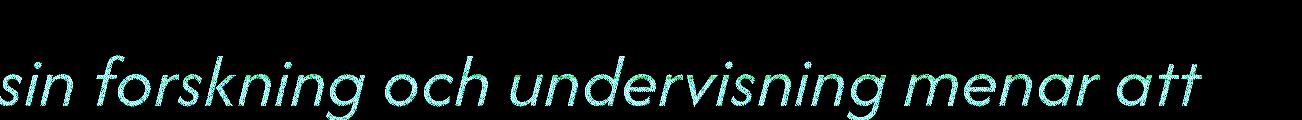
sin forskning och undervisning menar att